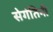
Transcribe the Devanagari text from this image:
सेगंतिनी